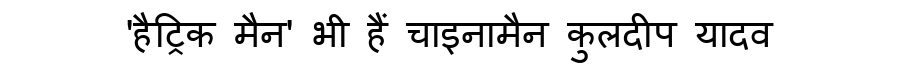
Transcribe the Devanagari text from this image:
'हैट्रिक मैन' भी हैं चाइनामैन कुलदीप यादव